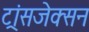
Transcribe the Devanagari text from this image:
ट्रांसजेक्सन